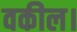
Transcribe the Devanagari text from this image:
वकील।